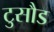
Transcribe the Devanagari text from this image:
टुसौड